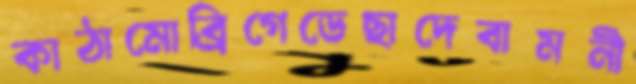
কাঠামোব্রিগেডেছাদেবামনী